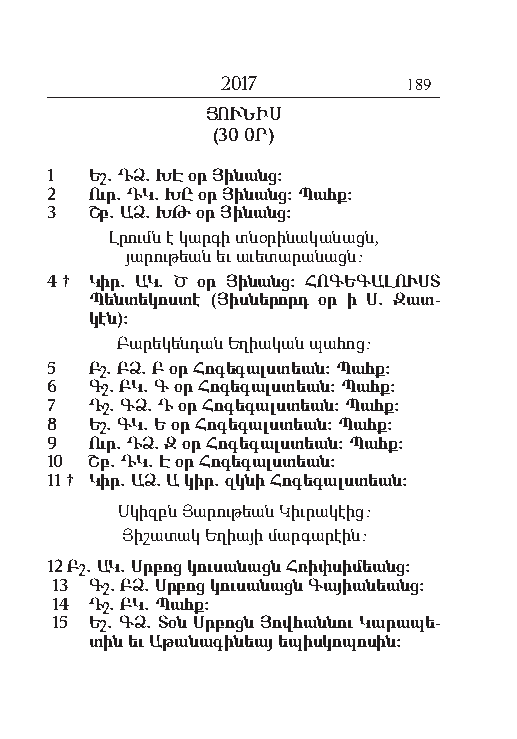
2017        189
 ՅՈՒՆԻՍ
 (30 0Ր)
 1  Եշ. ԴՁ. ԽԷ օր Յի նանց:
 2  Ուր. ԴԿ. ԽԸ օր Յի նանց: Պահք:
 3  Շբ. ԱՁ. ԽԹ օր Յի նանց:
 Լ րումն է կար գի տնօ րի նա կա նացն,
 յա րու թեան եւ ա ւե տա րա նացն:
 4 † Կիր. ԱԿ. Ծ օր Յի նանց: ՀՈԳԵԳԱԼՈՒՍՏ
 Պեն տե կոս տէ ( Յիս նե րորդ օր ի Ս. Զատ-
 կէն):
 Բա րե կեն դան Ե ղիա կան պա հոց:
 5  Բշ. ԲՁ. Բ օր Հո գե գալս տեան: Պահք:
 6  Գշ. ԲԿ. Գ օր Հո գե գալս տեան: Պահք:
 7  Դշ. ԳՁ. Դ օր Հո գե գալս տեան: Պահք:
 8  Եշ. ԳԿ. Ե օր Հո գե գալս տեան: Պահք:
 9  Ուր. ԴՁ. Զ օր Հո գե գալս տեան: Պահք:
 10 Շբ. ԴԿ. Է օր Հո գե գալս տեան:
 11 † Կիր. ԱՁ. Ա կիր. զկնի Հո գե գալս տեան:
 Ս կիզբն Յա րու թեան Կիւ րա կէից:
 Յի շա տակ Ե ղիա յի մար գա րէին:
 12 Բշ. ԱԿ. Սր բոց կու սա նացն Հ ռիփ սի մեանց:
 13 Գշ. ԲՁ. Սր բոց կու սա նացն Գա յիա նեանց:
 14 Դշ. ԲԿ. Պահք:
 15 Եշ. ԳՁ. Տօն Սրբ ոցն Յով հան նու Կարա պե-
 տին եւ Ա թա նա գի նեայ ե պիս կոպո սին: